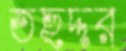
তছদ্দর